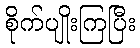
စိုက်ပျိုးကြပြီး